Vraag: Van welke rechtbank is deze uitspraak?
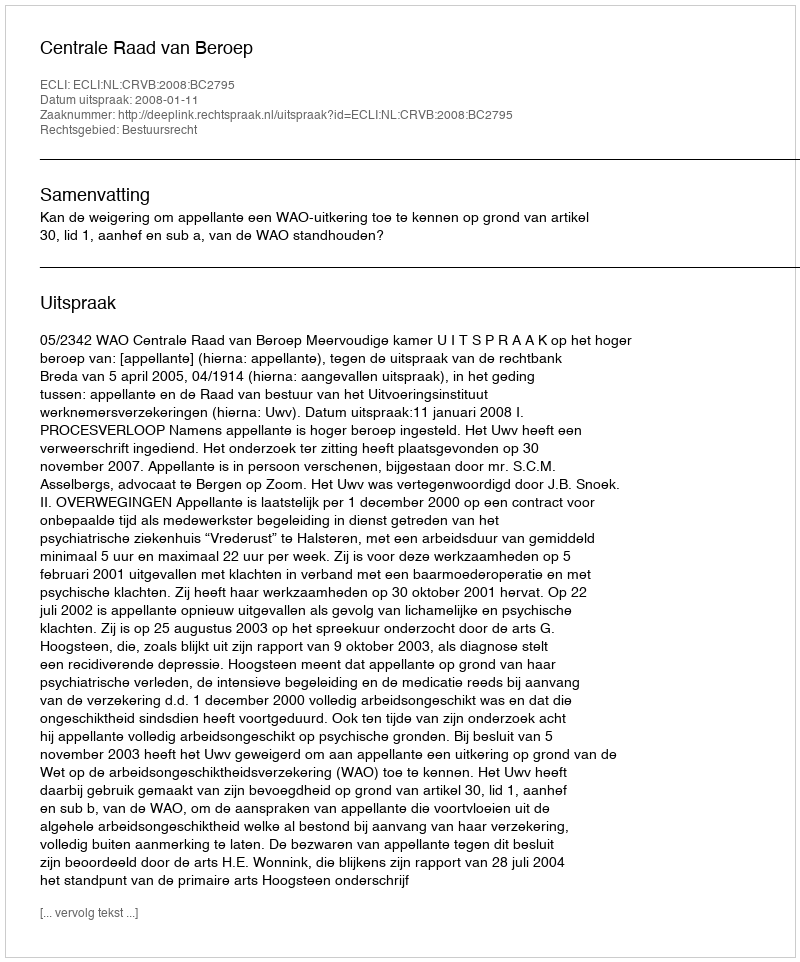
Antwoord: Centrale Raad van Beroep